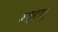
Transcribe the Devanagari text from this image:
श्रध्हालु